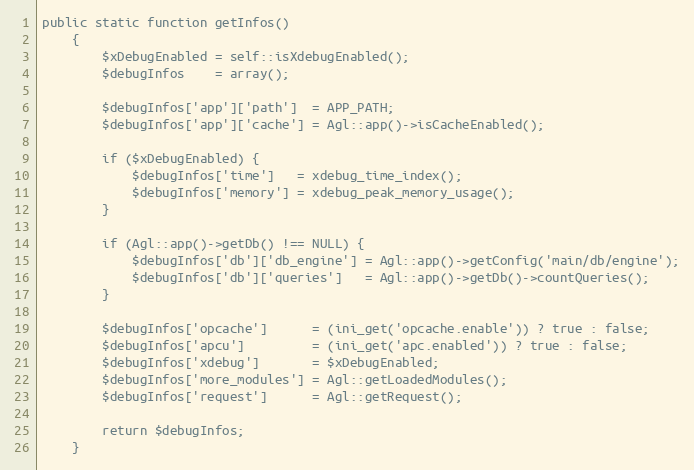
Language: PHP
public static function getInfos()
    {
        $xDebugEnabled = self::isXdebugEnabled();
        $debugInfos    = array();

        $debugInfos['app']['path']  = APP_PATH;
        $debugInfos['app']['cache'] = Agl::app()->isCacheEnabled();

        if ($xDebugEnabled) {
            $debugInfos['time']   = xdebug_time_index();
            $debugInfos['memory'] = xdebug_peak_memory_usage();
        }

        if (Agl::app()->getDb() !== NULL) {
            $debugInfos['db']['db_engine'] = Agl::app()->getConfig('main/db/engine');
            $debugInfos['db']['queries']   = Agl::app()->getDb()->countQueries();
        }

        $debugInfos['opcache']      = (ini_get('opcache.enable')) ? true : false;
        $debugInfos['apcu']         = (ini_get('apc.enabled')) ? true : false;
        $debugInfos['xdebug']       = $xDebugEnabled;
        $debugInfos['more_modules'] = Agl::getLoadedModules();
        $debugInfos['request']      = Agl::getRequest();

        return $debugInfos;
    }